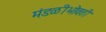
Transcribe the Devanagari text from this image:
मंडळीभोवती